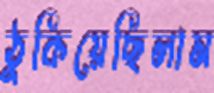
ঠুকিয়েছিলাম